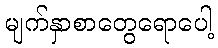
မျက်နှာစာတွေရောပေါ့